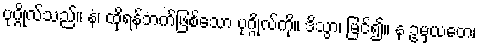
ပုဂ္ဂိုလ်သည်။ နံ၊ ထိုရန်ဘက်ဖြစ်သော ပုဂ္ဂိုလ်ကို။ ဒိသွာ၊ မြင်၍။ န ဥမှယတေ၊